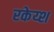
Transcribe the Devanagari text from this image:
रकेय्श